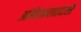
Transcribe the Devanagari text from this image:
आंबेडकरवादाशी